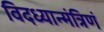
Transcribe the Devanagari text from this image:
विदध्यान्मंत्रिणं